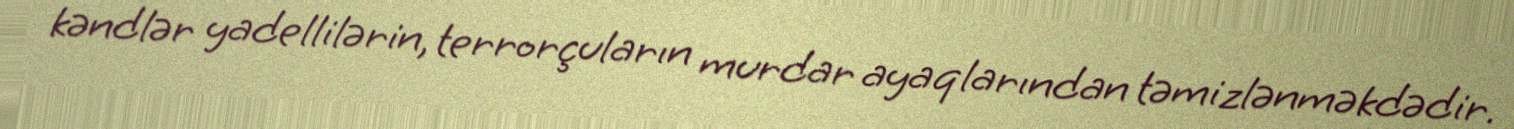
kəndlər yadellilərin, terrorçuların murdar ayaqlarından təmizlənməkdədir.